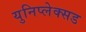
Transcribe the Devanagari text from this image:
युनिप्लेक्सड